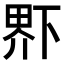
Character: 𤲂